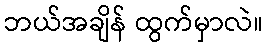
ဘယ်အချိန် ထွက်မှာလဲ။